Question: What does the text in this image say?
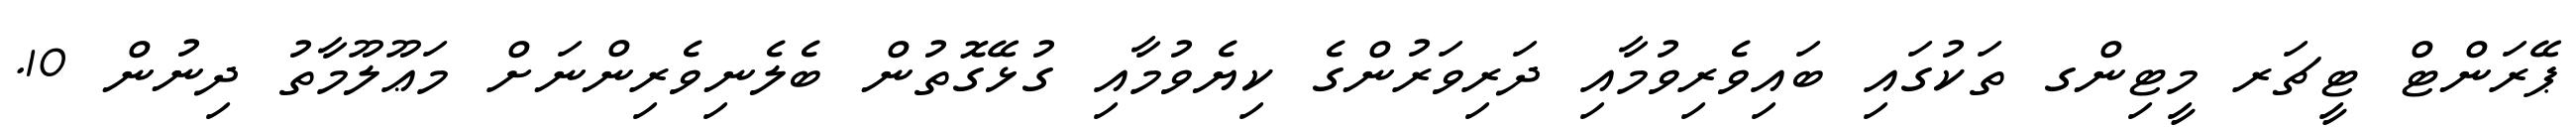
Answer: ޕޭރަންޓް ޓީޗަރ މީޓިންގ ތަކުގައި ބައިވެރިވުމާއި ދަރިވަރުންގެ ކިޔެވުމާއި ގުޅޭގޮތުން ބެލެނިވެރިންނަށް މަޢޫލޫމާތު ދިނުން 10.